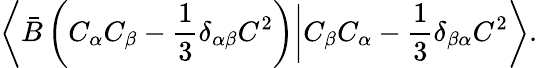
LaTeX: \left\langle\bar{B}\left(C_{\alpha}C_{\beta}-\frac{1}{3}\delta_{\alpha\beta}C^{2}\right)\bigg|C_{\beta}C_{\alpha}-\frac{1}{3}\delta_{\beta\alpha}C^{2}\right\rangle.